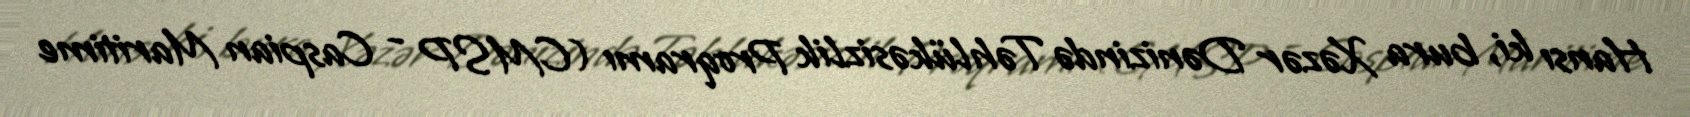
Hansı ki, bura Xəzər Dənizində Təhlükəsizlik Proqramı (CMSP - Caspian Maritime